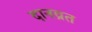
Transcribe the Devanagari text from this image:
दानव्रत